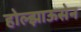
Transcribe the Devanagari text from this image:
होल्झाऊसेन